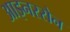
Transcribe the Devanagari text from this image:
आइनरसेन